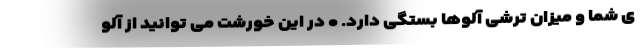
ی شما و میزان ترشی آلوها بستگی دارد. • در این خورشت می توانید از آلو